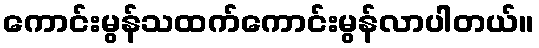
ကောင်းမွန်သထက်ကောင်းမွန်လာပါတယ်။